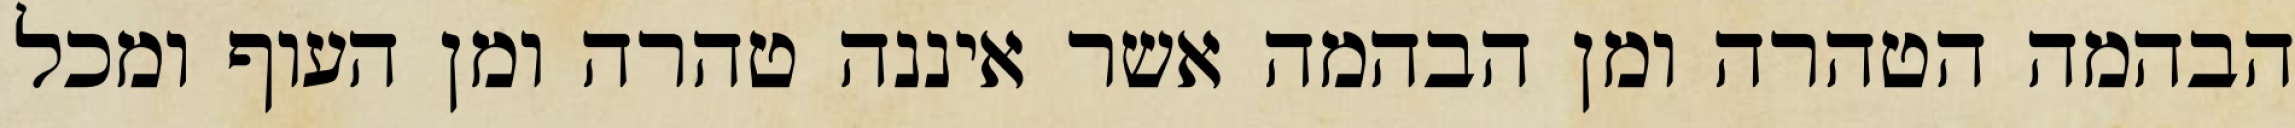
הבהמה הטהרה ומן הבהמה אשר איננה טהרה ומן העוף ומכל